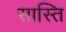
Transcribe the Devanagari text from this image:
सास्ति